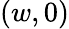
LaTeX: (w,0)